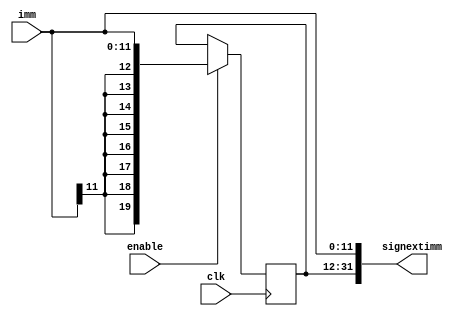
module ImmSignExtender(enable, imm, signextimm, clk);
input enable;
input [11:0] imm;
output wire [31:0] signextimm;
input clk;

reg [19:0] setsign;

always @(posedge clk) begin 

if(enable) begin

setsign = {{20{imm[11]}}, imm};

end
end

assign signextimm = {setsign[19:0], imm[11:0]};

endmodule